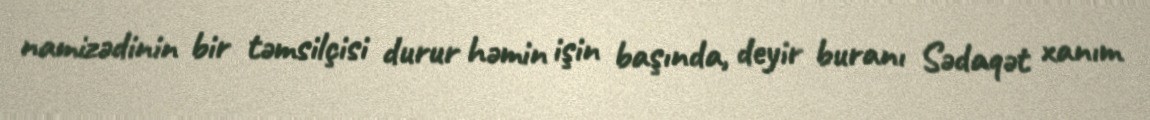
namizədinin bir təmsilçisi durur həmin işin başında, deyir buranı Sədaqət xanım